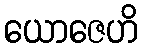
ယောဇေဟိ